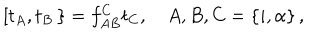
\left[ t _ { A } , t _ { B } \right. \left. \right\} = f _ { A B } ^ { C } t _ { C } , A , B , C = \left\{ i , \alpha \right\} ,